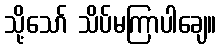
သို့သော် သိပ်မကြာပါချေ။